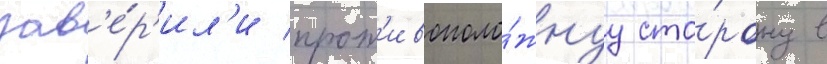
зав'е́р'ил'и прот'ивополо́жнуу сто́рону в